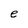
Character: e